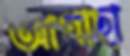
আগাছা